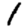
Digit: 1